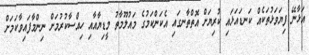
އަޅާނޭ ފިޔަވަޅުތަކެއް ކަނޑައަޅައި ކުރިޔަށް އޮތްތާނގައި އެކަންކަމުގެ މައުލޫމާތު މީޑިޔާއާއި ހިއްސާކުރުމަށް ނިންމާފައިވާކަމަށް